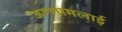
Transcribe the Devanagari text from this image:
अण्णामलाई